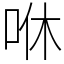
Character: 咻